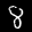
Label: 8